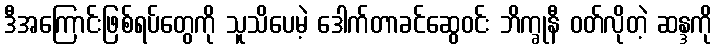
ဒီအကြောင်းဖြစ်ရပ်တွေကို သူသိပေမဲ့ ဒေါက်တာခင်ဆွေဝင်း ဘိက္ခုနီ ဝတ်လိုတဲ့ ဆန္ဒကို